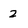
Character: 2